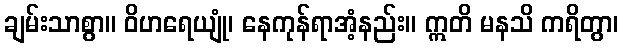
ချမ်းသာစွာ။ ဝိဟရေယျုံ၊ နေကုန်ရာအံ့နည်း။ ဣတိ မနသိ ကရိတွာ၊